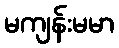
မကျန်းမမာ